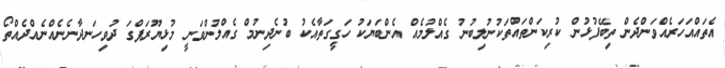
އެތައްއަހަރެއްވަންދެން ތިބޭފުޅުން ކުރިކަންތައްތަކުނުލިބުނު ގެއްލުމެއް އެންބަޔަކު ހަގީގަތާއެކު ބުނެދިނުމް ގެއްލުންވަނީ މުޅިޔޫރަޕްގަ ދުވިހަނދާނެނެއްނެއްދެއްތޯ